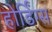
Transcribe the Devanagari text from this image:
होर्डिंग्स